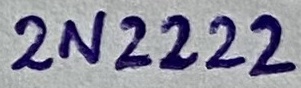
Text: 2N2222